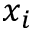
x _ { i }